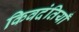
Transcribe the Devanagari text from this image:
किवदंतियाँ